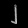
Digit: ၂